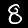
Label: 8